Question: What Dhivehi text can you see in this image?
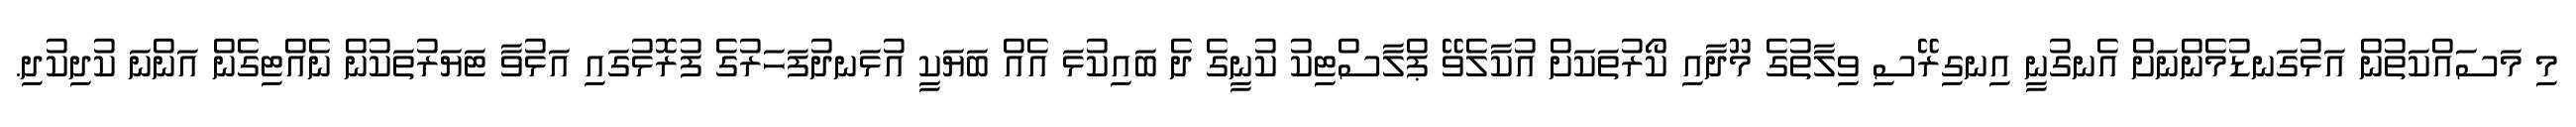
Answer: މި މަސައްކަތުން އަޅުގަނޑުމެންނަށް އެނގުނީ އިނގިރޭސި ވިލާތުގެ މޫދާއި ކޯރުތަކަށް އުކާލެވޭ ޕްލާސްޓިކު ކުނީގެ ދެ ބައިކުޅަ އެއް ބަޔަކީ އުޅަނދުފަހަރުގެ ފުރޮޅުގައި އަޅުވާ ޓަޔަރުތަކުން ނެއްޓިގެން އަންނަ ކުދިކުދި.